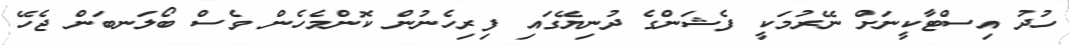
ހުދު އިސްޓާކީނަށް ނޭރުމަކީ ފެޝަންގެ ދުނިޔޭގައި ފިރިހެނުން ކޮންމެހެން ވެސް ބޯލަނބަން ޖެހޭ